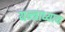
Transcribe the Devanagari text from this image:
यन्त्राध्याय